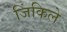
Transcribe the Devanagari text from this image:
जिंकिले